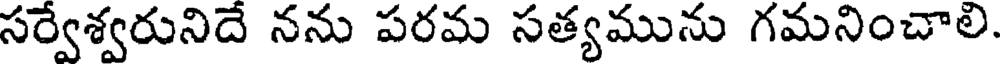
సర్వేశ్వరునిదే నను పరమ సత్యమును గమనించాలి.